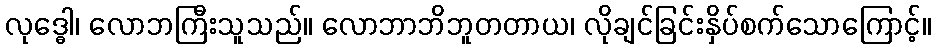
လုဒ္ဓေါ၊ လောဘကြီးသူသည်။ လောဘာဘိဘူတတာယ၊ လိုချင်ခြင်းနှိပ်စက်သောကြောင့်။